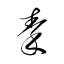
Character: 秦